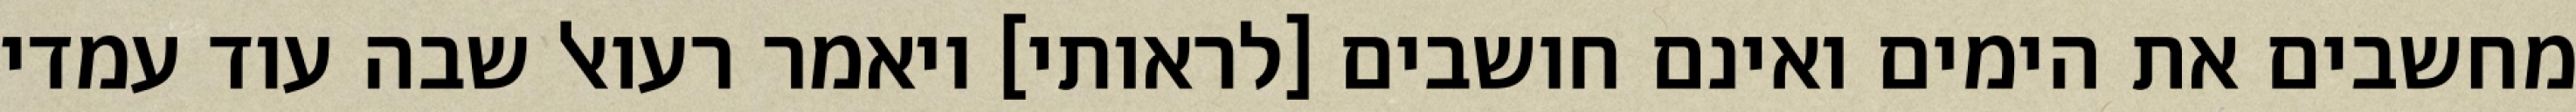
מחשבים את הימים ואינם חושבים [לראותי] ויאמר רעואל שבה עוד עמדי